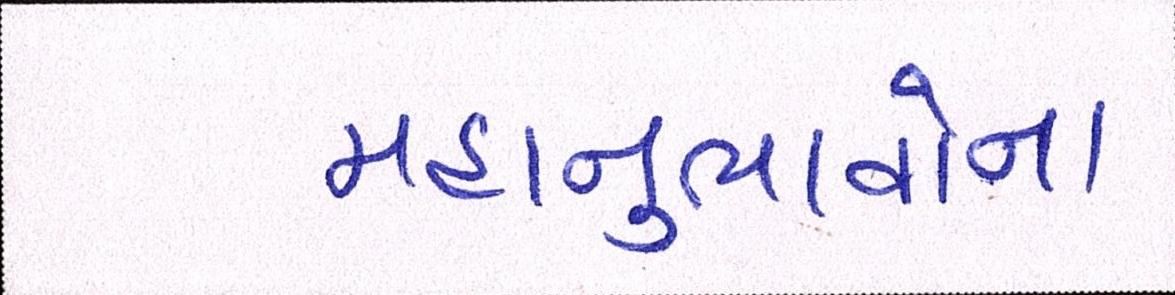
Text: મહાનુભાવોના